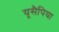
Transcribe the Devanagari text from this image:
यूसैपिया